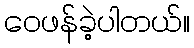
ဝေဖန်ခဲ့ပါတယ်။